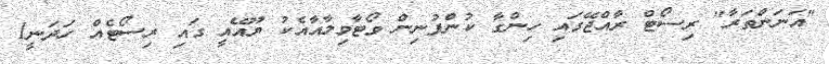
"އަނަންތަރާ" ރިސޯޓް ރާއްޖޭގައި ހިންގާ ކުންފުނިން ވޯޓާވިލާއާއެކު ޔޫއޭއީ ގައި ރިސޯޓެއް ހަދަނީ1